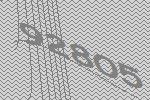
92805